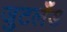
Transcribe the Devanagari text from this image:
जुटलँड